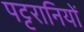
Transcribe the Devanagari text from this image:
पट्टरानियों